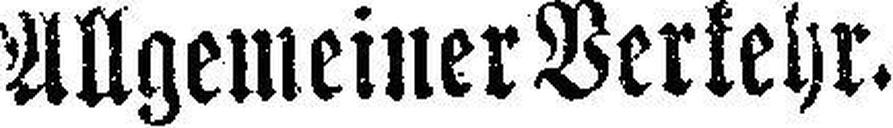
Allgemeiner Verkehr.